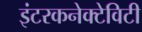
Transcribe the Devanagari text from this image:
इंटरकनेक्टेविटी